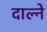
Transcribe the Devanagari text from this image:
दाल्ने